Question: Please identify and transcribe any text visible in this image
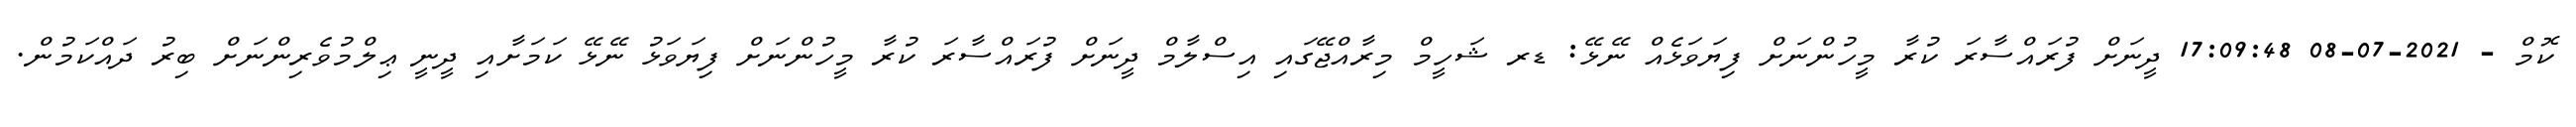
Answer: ކޮމް - 2021-07-08 17:09:48 ދީނަށް ފުރައްސާރަ ކުރާ މީހުންނަށް ފިޔަވަޅެއް ނޭޅޭ: ޑރ ޝަހީމް މިރާއްޖޭގައި އިސްލާމް ދީނަށް ފުރައްސާރަ ކުރާ މީހުންނަށް ފިޔަވަޅު ނޭޅޭ ކަމަށާއި ދީނީ ޢިލްމުވެރިންނަށް ބިރު ދައްކަމުން.